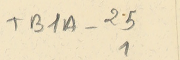
TB1A-25			1